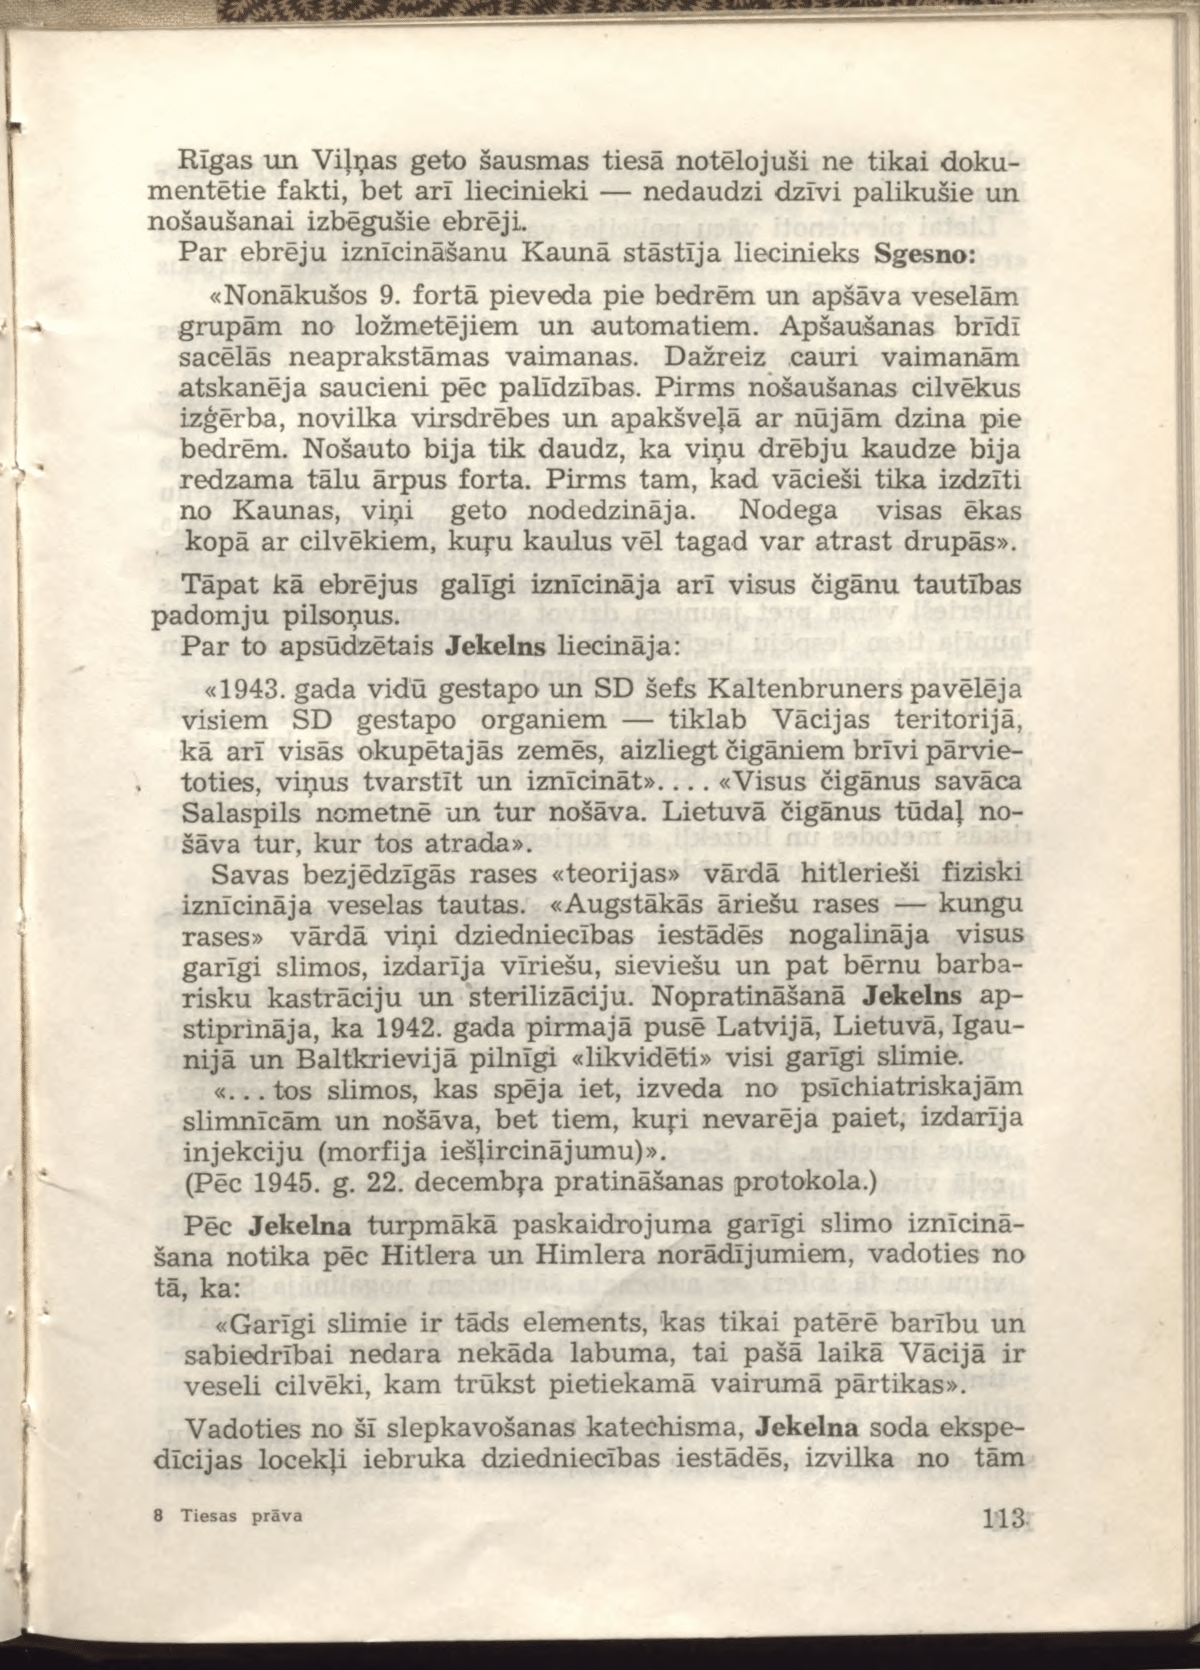
Language: lv